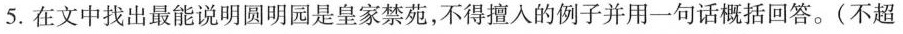
5.在文中找出最能说明圆明园是皇家禁苑，不得擅入的例子并用一句话概括回答。(不超